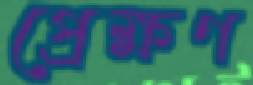
প্রেক্ষণ